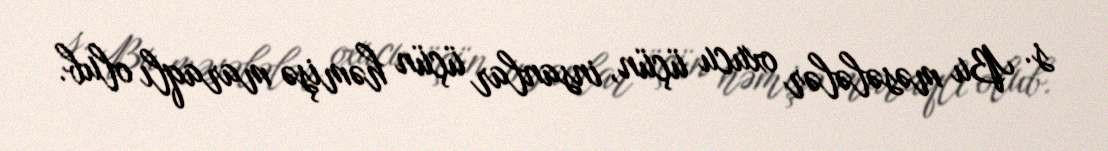
s. Bu məsələlər oxucu üçün, insanlar üçün həmişə maraqlı olub.